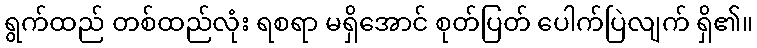
ရွက်ထည် တစ်ထည်လုံး ရစရာ မရှိအောင် စုတ်ပြတ် ပေါက်ပြဲလျက် ရှိ၏။